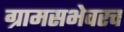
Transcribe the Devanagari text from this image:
ग्रामसभेवरच